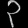
Digit: ၃